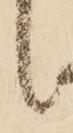
候